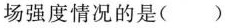
电场强度情况的是()